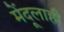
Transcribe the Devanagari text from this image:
मेंदूलाही